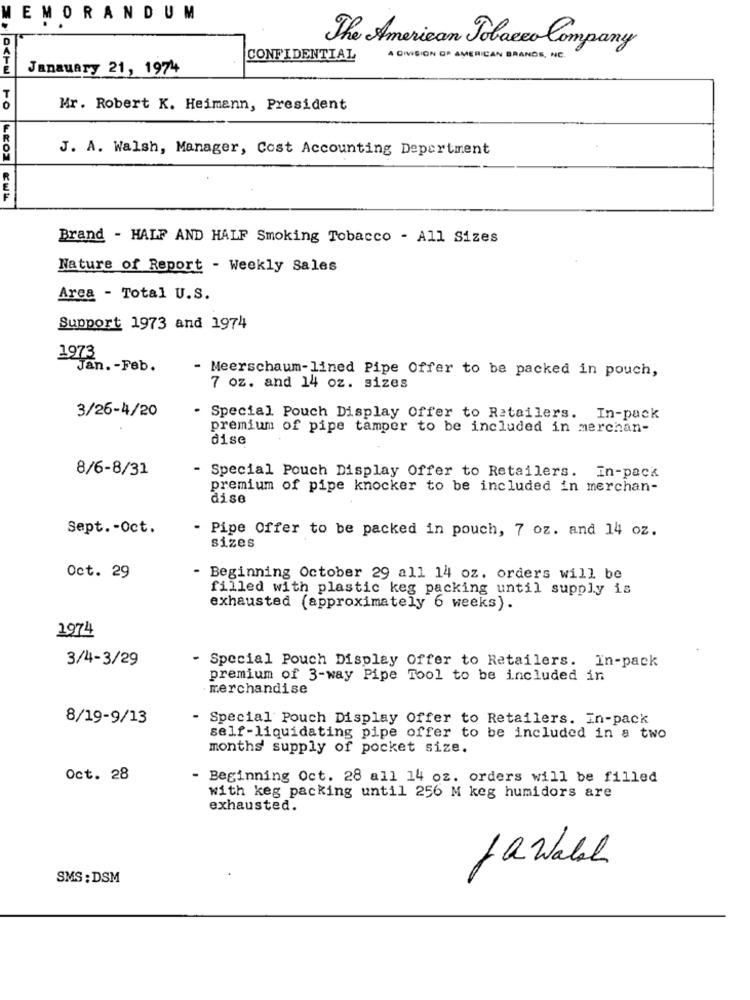
EMORANDUM
The American Tobacco Company
CONFIDENTIAL
A DIVISION OF AMERICAN BRANDS, NE.
Janauary 21, 1974
Mr. Robert K. Heimann, President
J. A. Walsh, Manager, Cost Accounting Depertment
Brand - HALF AND HALF Smoking Tobacco - All Sizes
Nature of Report - Weekly Sales
Area - Total U.S.
Support 1973 and 1974
1973
Jan. - Feb.
Meerschaum-lined Pipe Offer to be packed in pouch,
7 oz. and 14 oz. sizes
3/26-4/20
. Special Pouch Display Offer to Retailers. In-pack
premium of pipe tamper to be included in merchan-
dise
8/6-8/31
Special Pouch Display Offer to Retailers. In-pack
premium of pipe knocker to be included in merchan-
dise
Sept. - Oct.
- Pipe Offer to be packed in pouch, 7 oz. and 14 oz.
sizes
Oct. 29
Beginning October 29 all 14 oz. orders will be
filled with plastic keg packing until supply is
exhausted (approximately 6 weeks).
1974
3/4-3/29
- Special Pouch Display Offer to Retailers. In-pack
premium of 3-way Pipe Tool to be included in
merchandise
8/19-9/13
- Special Pouch Display Offer to Retailers. In-pack
self-liquidating pipe offer to be included in a two
months' supply of pocket size.
Oct. 28
- Beginning Oct. 28 all 14 oz. orders will be filled
with keg packing until 256 M keg humidors are
exhausted.
Jawabach
SMS: DSM